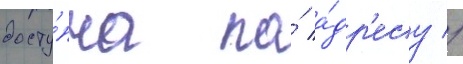
досту́пна по́ а́др'есу //